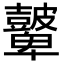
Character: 𥀷